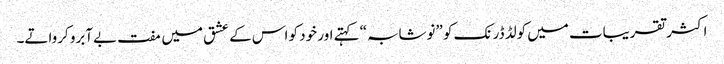
اکثر تقریبات میں کولڈ ڈرنک کو ”نوشابہ“ کہتے اور خود کو اس کے عشق میں مفت بےآبرو کرواتے۔